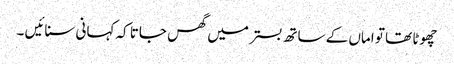
چھوٹا تھا تو اماں کے ساتھ بستر میں گھس جاتا کہ کہانی سنائیں ۔